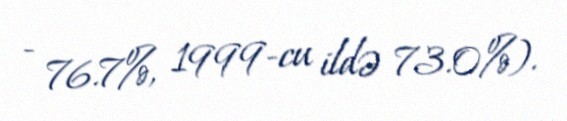
- 76.7%, 1999-cu ildə 73.0%).